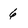
Character: 6